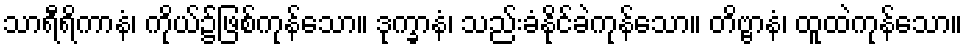
သာရီရိကာနံ၊ ကိုယ်၌ဖြစ်ကုန်သော။ ဒုက္ခာနံ၊ သည်းခံနိုင်ခဲကုန်သော။ တိဗ္ဗာနံ၊ ထူထဲကုန်သော။